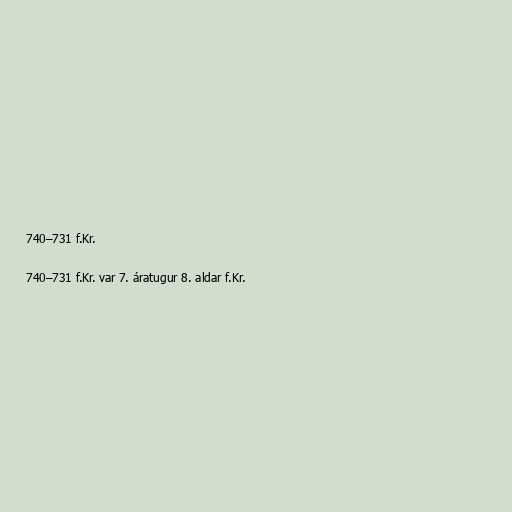
740–731 f.Kr.

740–731 f.Kr. var 7. áratugur 8. aldar f.Kr.